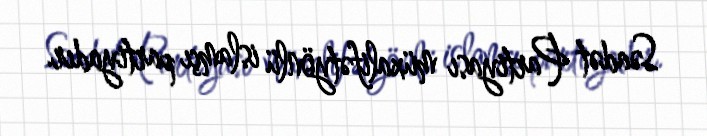
Səadət Partiyası müxalifətyönlü islamçı partiyadır.